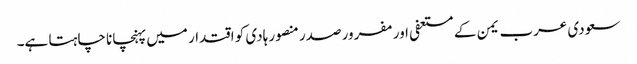
سعودی عرب یمن کے مستعفی اور مفرور صدر منصور ہادی کو اقتدار میں پہنچانا چاہتا ہے۔